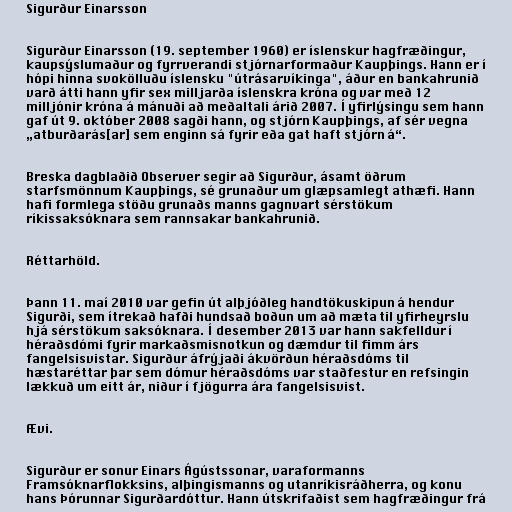
Sigurður Einarsson

Sigurður Einarsson (19. september 1960) er íslenskur hagfræðingur,
kaupsýslumaður og fyrrverandi stjórnarformaður Kaupþings. Hann er í
hópi hinna svokölluðu íslensku "útrásarvíkinga", áður en bankahrunið
varð átti hann yfir sex milljarða íslenskra króna og var með 12
milljónir króna á mánuði að meðaltali árið 2007. Í yfirlýsingu sem hann
gaf út 9. október 2008 sagði hann, og stjórn Kaupþings, af sér vegna
„atburðarás[ar] sem enginn sá fyrir eða gat haft stjórn á“.

Breska dagblaðið Observer segir að Sigurður, ásamt öðrum
starfsmönnum Kaupþings, sé grunaður um glæpsamlegt athæfi. Hann
hafi formlega stöðu grunaðs manns gagnvart sérstökum
ríkissaksóknara sem rannsakar bankahrunið.

Réttarhöld.

Þann 11. maí 2010 var gefin út alþjóðleg handtökuskipun á hendur
Sigurði, sem ítrekað hafði hundsað boðun um að mæta til yfirheyrslu
hjá sérstökum saksóknara. Í desember 2013 var hann sakfelldur í
héraðsdómi fyrir markaðsmisnotkun og dæmdur til fimm árs
fangelsisvistar. Sigurður áfrýjaði ákvörðun héraðsdóms til
hæstaréttar þar sem dómur héraðsdóms var staðfestur en refsingin
lækkuð um eitt ár, niður í fjögurra ára fangelsisvist.

Ævi.

Sigurður er sonur Einars Ágústssonar, varaformanns
Framsóknarflokksins, alþingismanns og utanríkisráðherra, og konu
hans Þórunnar Sigurðardóttur. Hann útskrifaðist sem hagfræðingur frá